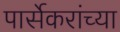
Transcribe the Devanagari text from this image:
पार्सेकरांच्या